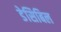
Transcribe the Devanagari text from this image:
डेसिबिल